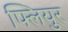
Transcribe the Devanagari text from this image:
फ्लियुर